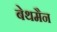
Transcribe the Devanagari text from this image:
बेथमैन